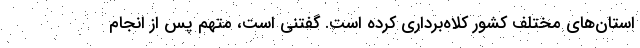
استان‌های مختلف کشور کلاه‌برداری کرده است. گفتنی است، متهم پس از انجام